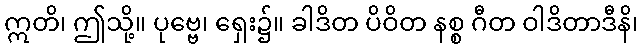
ဣတိ၊ ဤသို့။ ပုဗ္ဗေ၊ ရှေး၌။ ခါဒိတ ပိဝိတ နစ္စ ဂီတ ဝါဒိတာဒီနိ၊